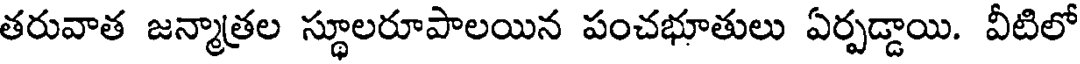
తరువాత జన్మాత్రల స్థూలరూపాలయిన పంచభూతులు ఏర్పడ్డాయి. వీటిలో